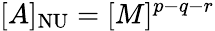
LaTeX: [A]_{\mathrm{NU}}=[M]^{p-q-r}